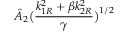
\displaystyle { \hat { A } _ { 2 } \big ( \frac { k _ { 1 R } ^ { 2 } + \beta k _ { 2 R } ^ { 2 } } { \gamma } \big ) ^ { 1 / 2 } }